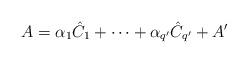
LaTeX: \begin{align*} A = \alpha_1 \hat C_1 + \cdots + \alpha_{q^{\prime}} \hat C_{q^{\prime}} + A^{\prime} \end{align*}